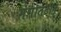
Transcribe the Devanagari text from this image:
गंगातटाने